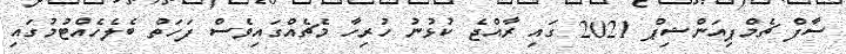
ސާފް ޗެމްޕިއަންޝިޕް 2021 ގައި ރާއްޖެ ކުޅުނު ހުރިހާ މެޗެއްގައިވެސް ފަހަތް ބެލެހެއްޓުމުގައި